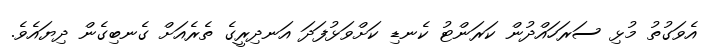
އެވަގުތު މުޅި ސަރަހައްދުން ކަރަންޓު ކެނޑި ކަށްވަޅުފަދަ އަނދިރީގެ ތެރެއަށް ގެނބިގެން ދިޔައެވެ.